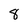
Character: 8